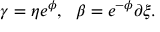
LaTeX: \gamma = \eta e ^ { \phi } , ~ ~ \beta = e ^ { - \phi } \partial \xi .